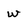
Character: w